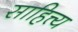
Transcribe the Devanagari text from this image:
साहित्त्य